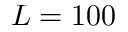
L = 1 0 0